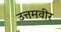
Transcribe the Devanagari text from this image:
उत्तमवीर